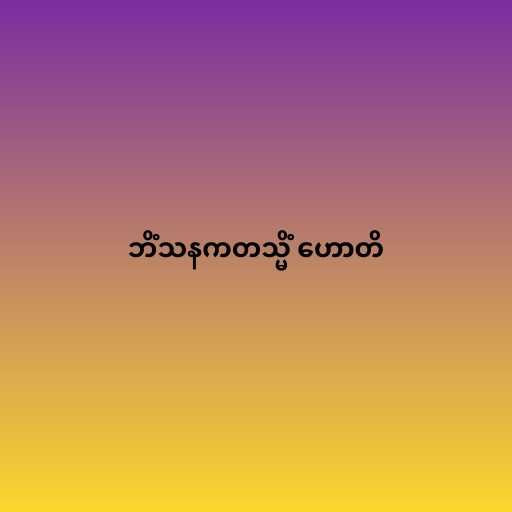
ဘိံသနကတသ္မိံ ဟောတိ